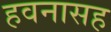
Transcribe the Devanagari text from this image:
हवनासह